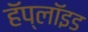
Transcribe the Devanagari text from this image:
हॅप्लॉइड